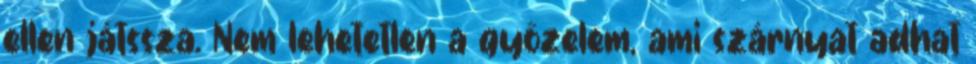
ellen játssza. Nem lehetetlen a győzelem, ami szárnyat adhat